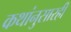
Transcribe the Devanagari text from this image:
कथांनुसारही